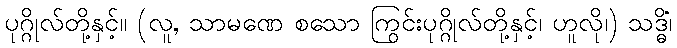
ပုဂ္ဂိုလ်တို့နှင့်။ (လူ, သာမဏေ စသော ကြွင်းပုဂ္ဂိုလ်တို့နှင့်၊ ဟူလို၊) သဒ္ဓိံ၊